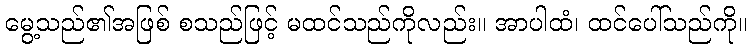
မွေ့သည်၏အဖြစ် စသည်ဖြင့် မထင်သည်ကိုလည်း။ အာပါထံ၊ ထင်ပေါ်သည်ကို။